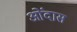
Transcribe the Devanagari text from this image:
ओंदास